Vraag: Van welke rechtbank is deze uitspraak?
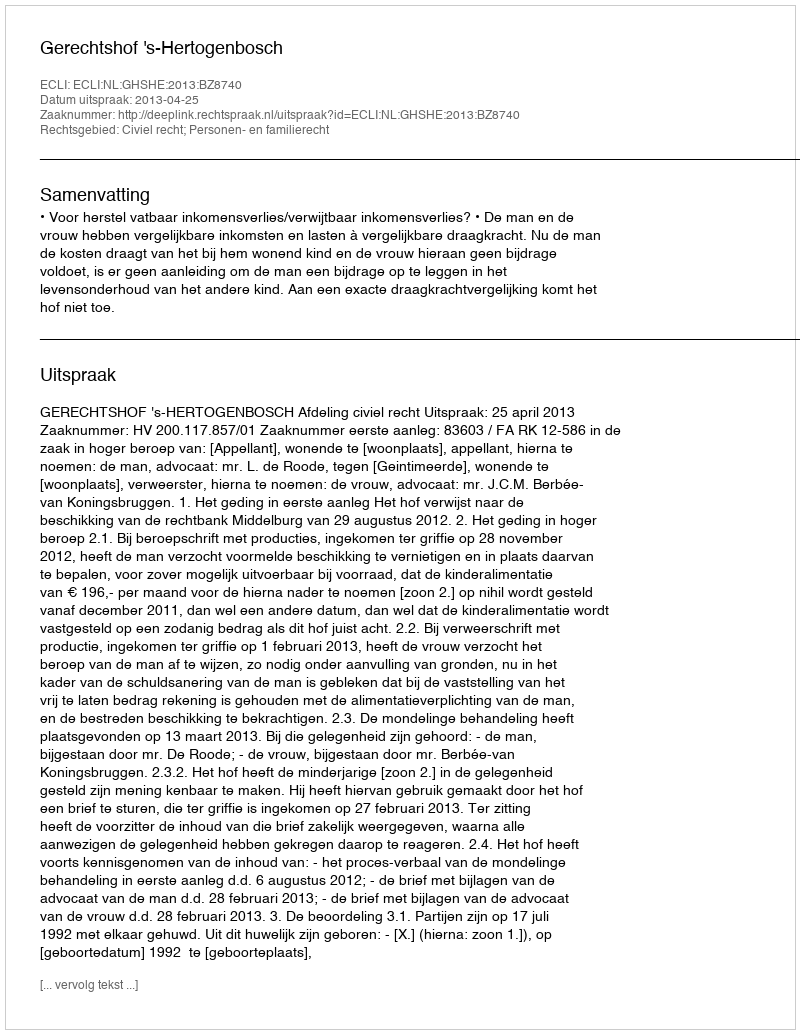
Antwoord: Gerechtshof 's-Hertogenbosch